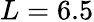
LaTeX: L=6.5